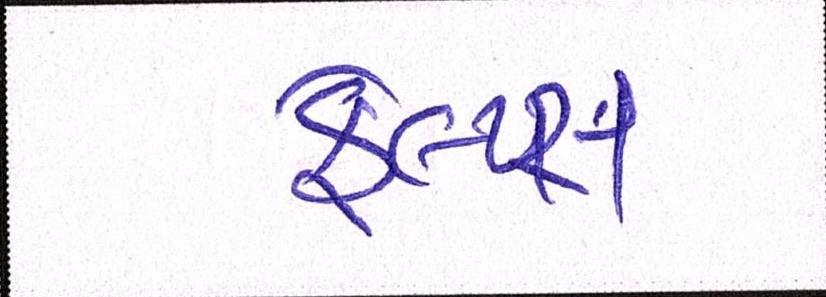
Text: ફેલ્પ્સ